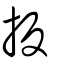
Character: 扳